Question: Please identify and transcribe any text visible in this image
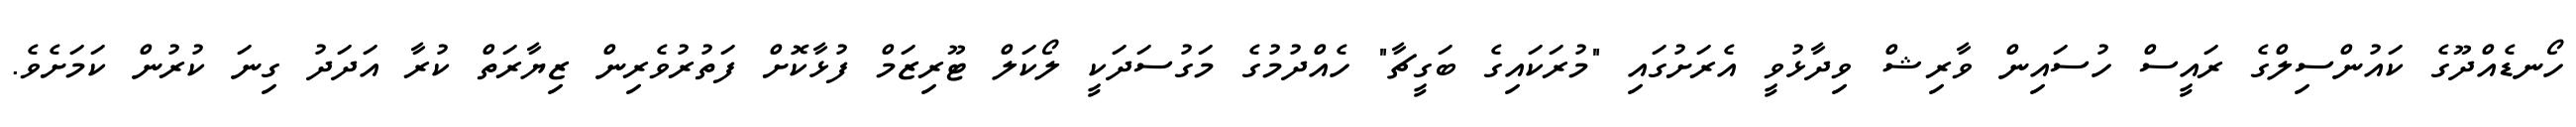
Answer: ހޯނޑެއްދޫގެ ކައުންސިލްގެ ރައީސް ހުސައިން ވާރިޝް ވިދާޅުވީ އެރަށުގައި "މުރަކައިގެ ބަގީޗާ" ހެއްދުމުގެ މަގުސަދަކީ ލޯކަލް ޓޫރިޒަމް ފުޅާކޮށް ފަތުރުވެރިން ޒިޔާރަތް ކުރާ އަދަދު ގިނަ ކުރުން ކަމަށެވެ.